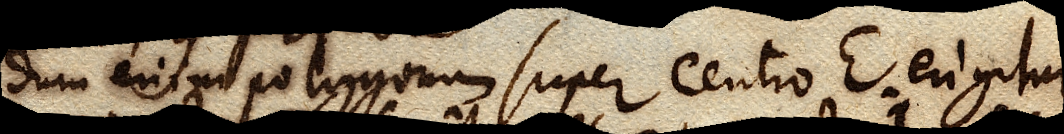
dum enim polygonum super centro E erigitur